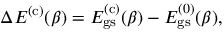
\Delta E ^ { ( \mathrm { c } ) } ( \beta ) = E _ { \mathrm { g s } } ^ { ( \mathrm { c } ) } ( \beta ) - E _ { \mathrm { g s } } ^ { ( 0 ) } ( \beta ) ,